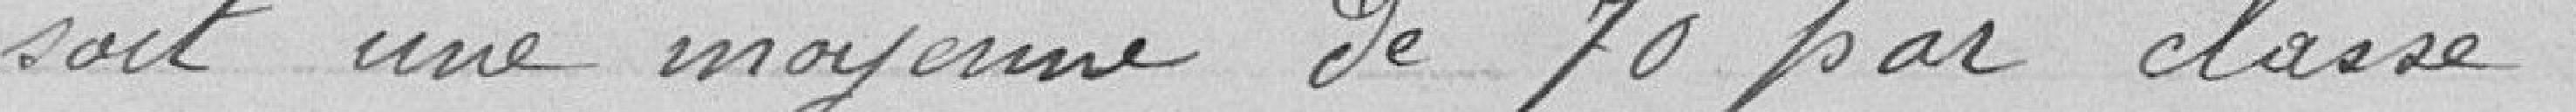
soit une moyenne de 70 par classe.